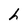
Character: h